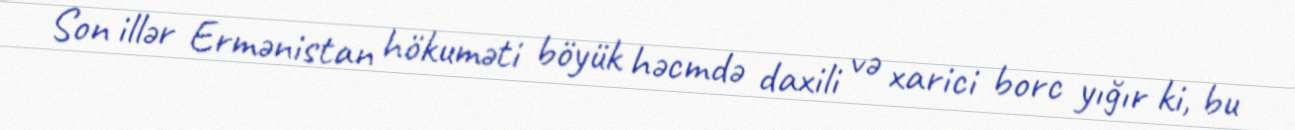
Son illər Ermənistan hökuməti böyük həcmdə daxili və xarici borc yığır ki, bu